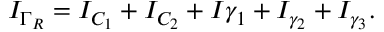
I _ { \Gamma _ { R } } = I _ { C _ { 1 } } + I _ { C _ { 2 } } + I { \gamma _ { 1 } } + I _ { \gamma _ { 2 } } + I _ { \gamma _ { 3 } } .